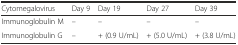
| Cytomegalovirus | Day 9 | Day 19 | Day 27 | Day 39 |
 | --- | --- | --- | --- | --- |
 | Immunoglobulin M | – | – | – | – |
 | Immunoglobulin G | – | + (0.9 U/mL) | + (5.0 U/mL) | + (3.8 U/mL) |